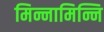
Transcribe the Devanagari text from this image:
मिन्नामिन्नि